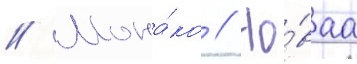
// Мона́ко // Но́ваа